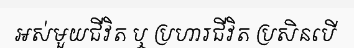
អស់មួយជីវិត ឬ ប្រហារជីវិត ប្រសិនបើ